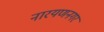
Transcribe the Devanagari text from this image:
नारयणनगर